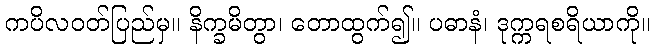
ကပိလဝတ်ပြည်မှ။ နိက္ခမိတွာ၊ တောထွက်၍။ ပဓာနံ၊ ဒုက္ကရစရိယာကို။